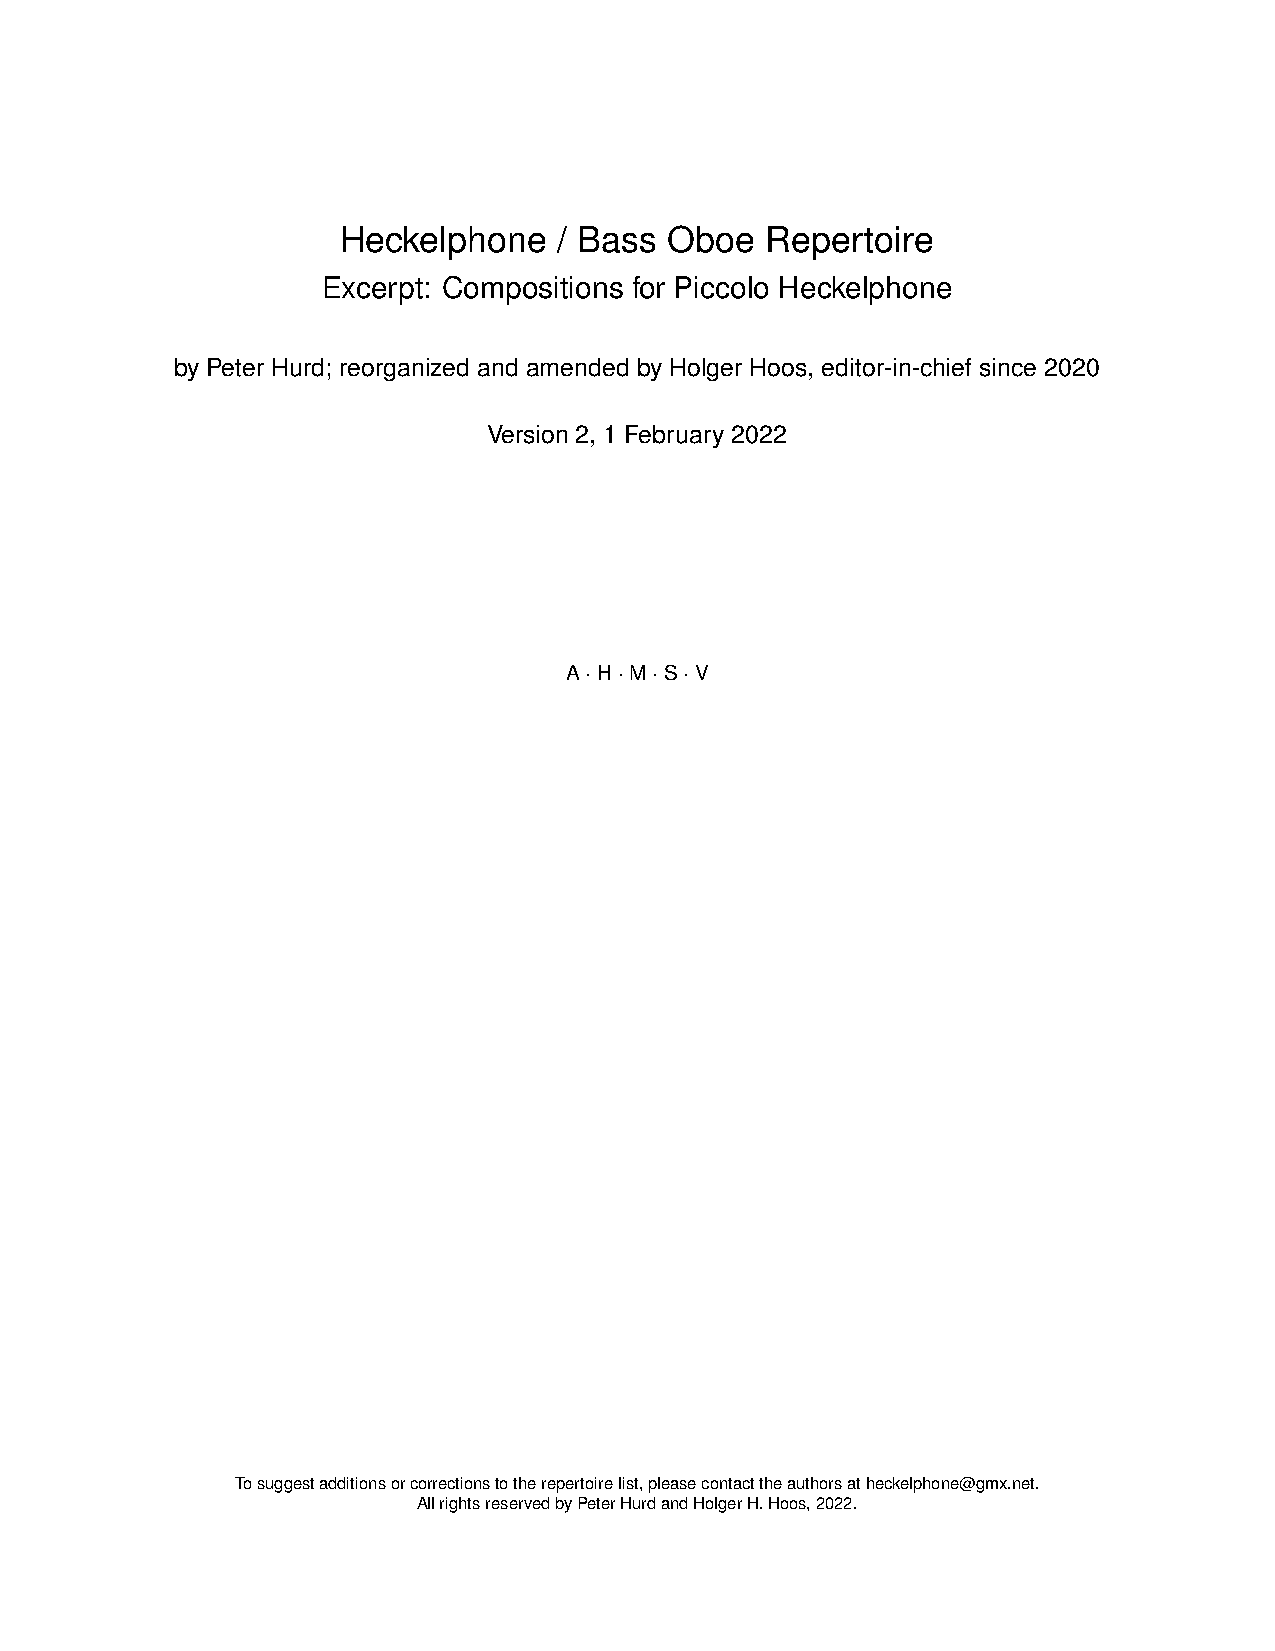
Heckelphone   / Bass Oboe   Repertoire
 Excerpt: Compositions for Piccolo Heckelphone
 by Peter Hurd; reorganized and amended by Holger Hoos, editor-in-chief since 2020
 Version 2, 1 February 2022
 A·H·M·S·V
 Tosuggestadditionsorcorrectionstotherepertoirelist,pleasecontacttheauthorsatheckelphone@gmx.net.
 AllrightsreservedbyPeterHurdandHolgerH.Hoos,2022.